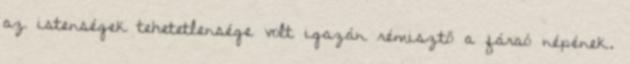
az istenségek tehetetlensége volt igazán rémisztő a fáraó népének.